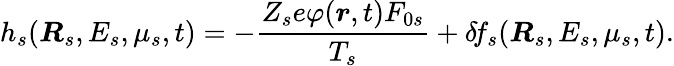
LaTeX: h_{s}(\boldsymbol{R}_{s},E_{s},\mu_{s},t)=-\frac{Z_{s}e\varphi(\boldsymbol{r},t)F_{0s}}{T_{s}}+\delta\! f_{s}(\boldsymbol{R}_{s},E_{s},\mu_{s},t).